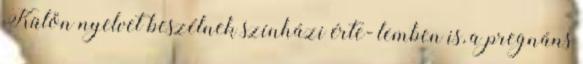
Külön nyelvet beszélnek színházi érte- lemben is, a pregnáns